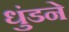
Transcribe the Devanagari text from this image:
धुंडने